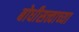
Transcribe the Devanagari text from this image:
बोधीसत्त्वाच्या